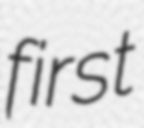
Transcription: first